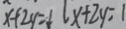
x + 2 y = 1 \vert x + 2 y = 1